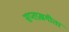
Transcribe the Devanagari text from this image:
सप्तप्रश्नगीता